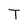
Character: T